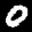
Label: 0